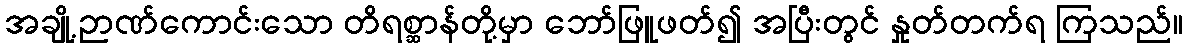
အချို့ဉာဏ်ကောင်းသော တိရစ္ဆာန်တို့မှာ ဘော်ဖြူဖတ်၍ အပြီးတွင် နှုတ်တက်ရ ကြသည်။